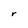
Character: r